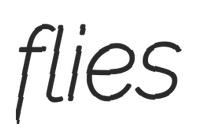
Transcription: flies